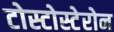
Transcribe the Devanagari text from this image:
टोस्टोस्टेरोन